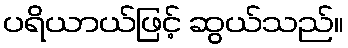
ပရိယာယ်ဖြင့် ဆွယ်သည်။